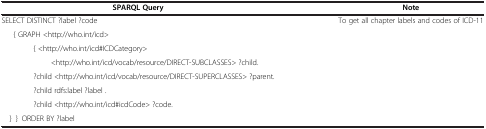
| SPARQL Query | Note |
 | --- | --- |
 | SELECT DISTINCT ?label ?code | <ROWSPAN=8> To get all chapter labels and codes of ICD-11 |
 | { GRAPH <http://who.int/icd> |
 | { <http://who.int/icd#ICDCategory> |
 | <http://who.int/icd/vocab/resource/DIRECT-SUBCLASSES> ?child. |
 | ?child <http://who.int/icd/vocab/resource/DIRECT-SUPERCLASSES> ?parent. |
 | ?child rdfs:label ?label . |
 | ?child <http://who.int/icd#icdCode> ?code. |
 | } } ORDER BY ?label |